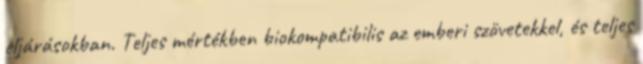
eljárásokban. Teljes mértékben biokompatibilis az emberi szövetekkel, és teljes